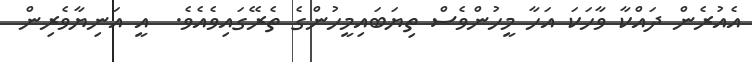
އެއުރެން ދައްކާ ވާހަކަ އަހާ މީހުންވެސް ތިޔަބައިމީހުންގެ ތެރޭގައިވެއެވެ.  އީ އަނިޔާވެރިން